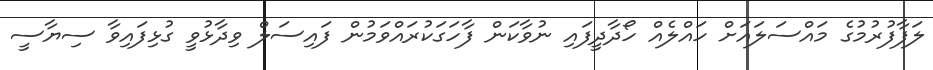
ލަފާފުރުމުގެ މައްސަލައަށް ހައްލެއް ހޯދާދީފައި ނުވާކަން ފާހަގަކުރައްވަމުން ފައިސަލް ވިދާޅުވީ ގުޅިފައިވާ ސިޔާސީ